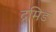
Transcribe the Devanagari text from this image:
द्रमिड